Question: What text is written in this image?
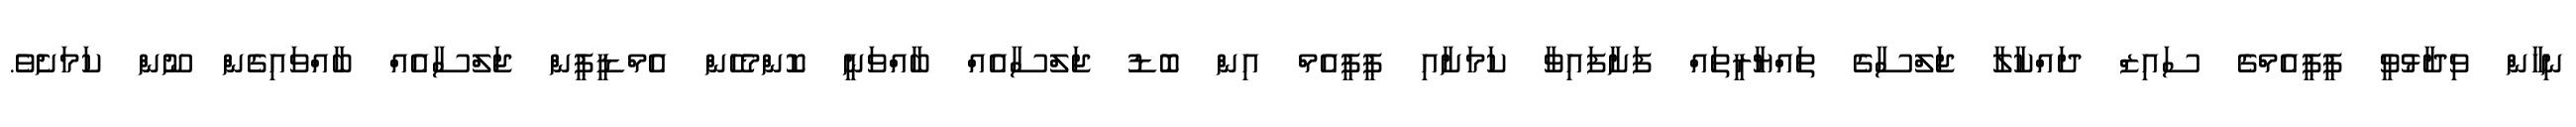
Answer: ނިހާން ވިދާޅުވީ ޕީޕީއެމްގެ ސައިޒް ދައްކާލާ ޖަލްސާގެ ތައްޔާރީތައް ފަށާފައިވާ ކަމަށާއި ޕީޕީއެމް އިން ބޮޑު ޖަލްސާއެއް ބާއްވަނީ ކޮންމެހެން އެމްޑީޕީން ޖަލްސާއެއް ބާއްވައިގެން ނޫން ކަމަށެވެ.